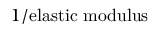
1 / { \mathrm { e l a s t i c ~ m o d u l u s } }